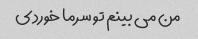
من می بینم تو سرما خوردی